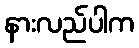
နားလည်ပါက